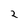
Character: 2